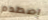
إصطدم